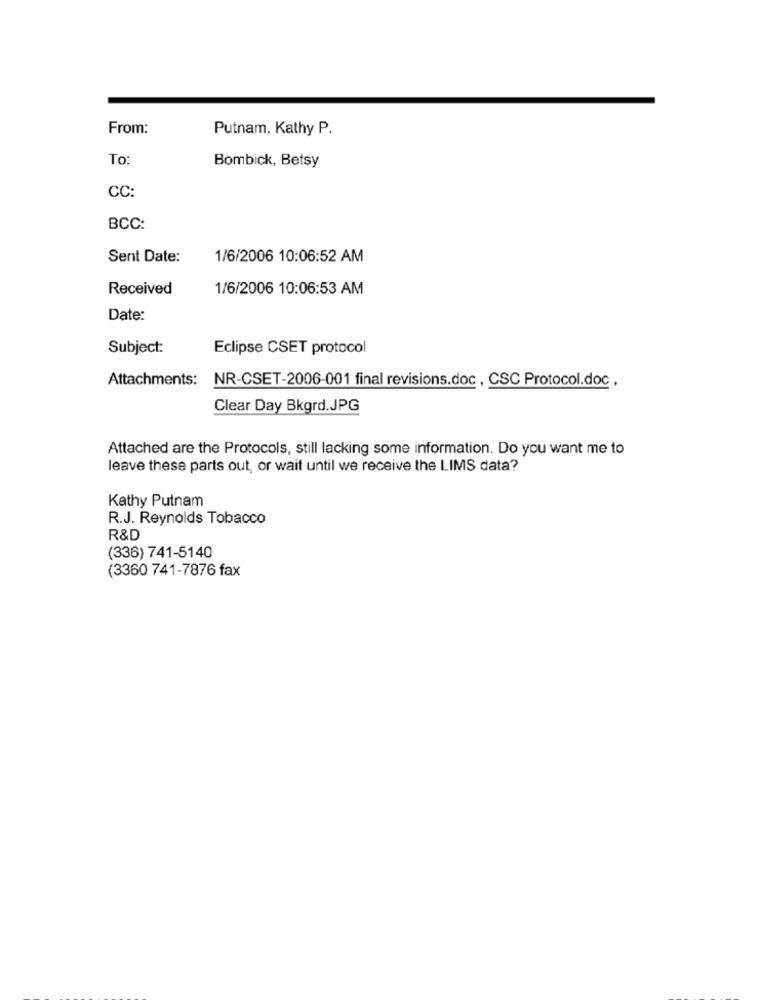
From:
Putnam, Kathy P.
To
Bombick, Betsy
CC:
BCC:
Sent Date:
1/6/2006 10:06:52 AM
Received
1/6/2006 10:06:53 AM
Date:
Subject:
Eclipse CSET protocol
Attachments:
NR-CSET-2006-001 final revisions.doc , CSC Protocol.doc .
Clear Day Bkgrd.JPG
Attached are the Protocols, still lacking some information. Do you want me to
leave these parts out, or wait until we receive the LIMS data?
Kathy Putnam
R.J. Reynolds Tobacco
R&D
(336) 741-5140
(3360 741-7876 fax